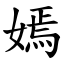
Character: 嫣